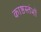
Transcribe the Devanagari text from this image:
काष्ठस्तंभों